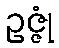
ဥဇ္ဇုံ